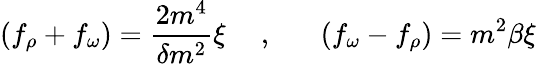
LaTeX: (f_{\rho}+f_{\omega})=\frac{2m^{4}}{\delta m^{2}}\xi\mathrm{~\ \ \ \ ,~\ \, ~\ \ \ }(f_{\omega}-f_{\rho})=m^{2}\beta\xi